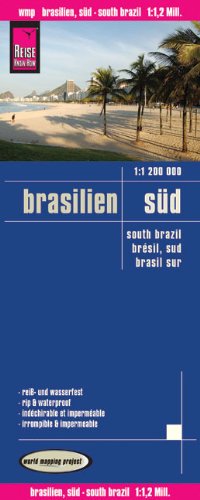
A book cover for Brazil, Southern; Reise Know-How Verlag; Travel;